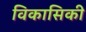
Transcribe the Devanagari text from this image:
विकासिकी